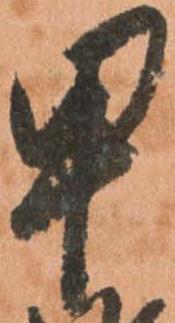
甲